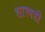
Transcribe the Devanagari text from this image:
शास्त्रही